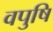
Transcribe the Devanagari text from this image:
वपुषि